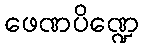
ဖေဏပိဏ္ဍေ